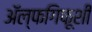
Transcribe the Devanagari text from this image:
ॲल्फगिफूशी